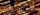
مرسيدس